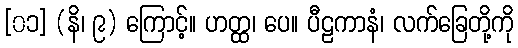
[၀၁] (နိ၊ ၉) ကြောင့်။ ဟတ္ထ၊ ပေ။ ပီဠကာနံ၊ လက်ခြေတို့ကို